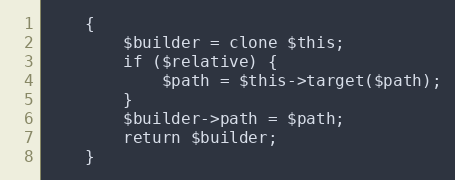
Language: PHP
    {
        $builder = clone $this;
        if ($relative) {
            $path = $this->target($path);
        }
        $builder->path = $path;
        return $builder;
    }